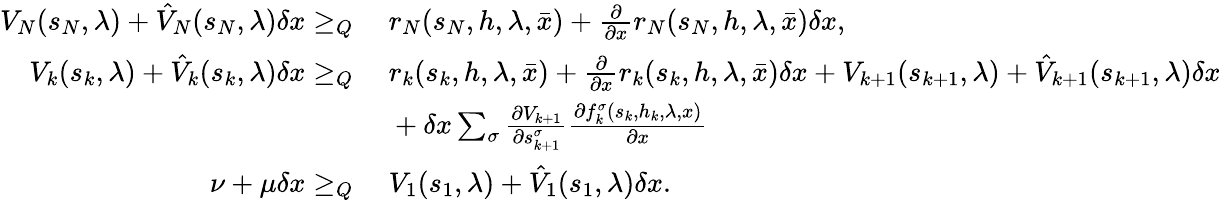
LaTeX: \begin{array}{rl}{V_{N}(s_{N},\lambda)+\hat{V}_{N}(s_{N},\lambda)\delta x\geq_{Q}}&{\ r_{N}(s_{N},h,\lambda,\bar{x})+\frac{\partial}{\partial x}r_{N}(s_{N},h,\lambda,\bar{x})\delta x,}\\ {V_{k}(s_{k},\lambda)+\hat{V}_{k}(s_{k},\lambda)\delta x\geq_{Q}}&{\ r_{k}(s_{k},h,\lambda,\bar{x})+\frac{\partial}{\partial x}r_{k}(s_{k},h,\lambda,\bar{x})\delta x+V_{k+1}(s_{k+1},\lambda)+\hat{V}_{k+1}(s_{k+1},\lambda)\delta x}\\ &{\ +\delta x\sum_{\sigma}\frac{\partial V_{k+1}}{\partial s_{k+1}^{\sigma}}\frac{\partial f_{k}^{\sigma}(s_{k},h_{k},\lambda,x)}{\partial x}}\\ {\nu+\mu\delta x\geq_{Q}}&{\ V_{1}(s_{1},\lambda)+\hat{V}_{1}(s_{1},\lambda)\delta x.}\end{array}